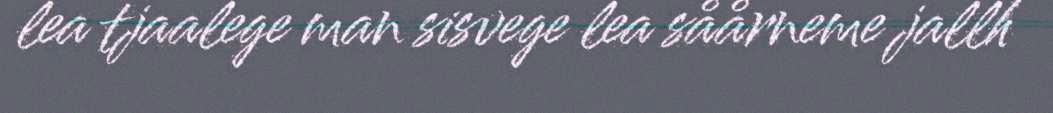
lea tjaalege man sisvege lea såårneme jallh